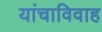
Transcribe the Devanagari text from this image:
यांचाविवाह